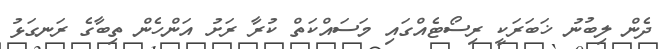
ދެން ލިބުނު ޚަބަރަކީ ރިސޯޓެއްގައި މަސައްކަތް ކުރާ ރަށު އަންހެން ތިބާގެ ރަނގަޅު